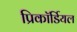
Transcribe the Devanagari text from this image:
प्रिकॉर्डियल